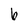
Character: 6